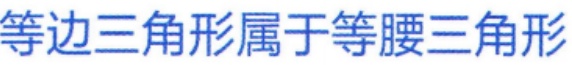
等边三角形属于等腰三角形